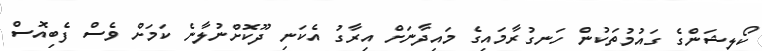
ކޯލިޝަންގެ ގައުމުތަކުން ހަނގުރާމައިގެ މައިދާނަށް އިރާގު އެކަނި ދޫކޮށްނުލާނެ ކަމަށް ވެސް ފެބިއޮސް